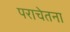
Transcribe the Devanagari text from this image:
पराचेतना